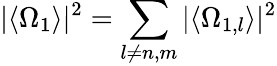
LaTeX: \vert\langle\Omega_{1}\rangle\vert^{2}=\sum_{l\neq n,m}\vert\langle\Omega_{1,l}\rangle\vert^{2}